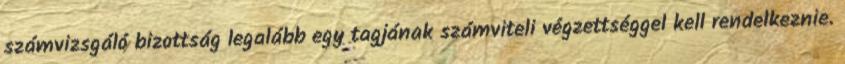
számvizsgáló bizottság legalább egy tagjának számviteli végzettséggel kell rendelkeznie.